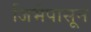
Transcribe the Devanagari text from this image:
जिभेपासून